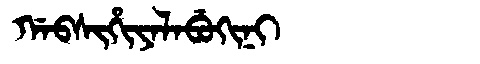
Manchu: ᡤᠠᠪᠰᡳᡥᡳᠶᠠᠯᠠᠪᡠᡴᡳᠨᡳ
Romanization: GABSIHIYALABUKINI